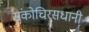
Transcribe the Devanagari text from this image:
संकोचिरसधानी